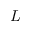
L